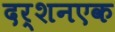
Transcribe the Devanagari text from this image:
दर्शनएक